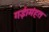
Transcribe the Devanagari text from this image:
गई।मंहत